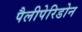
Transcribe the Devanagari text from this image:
पैलीपेरिडोन